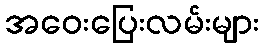
အဝေးပြေးလမ်းများ